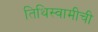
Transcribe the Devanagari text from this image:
तिथिस्वामीची